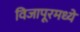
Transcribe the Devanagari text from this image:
विजापूरमध्ये